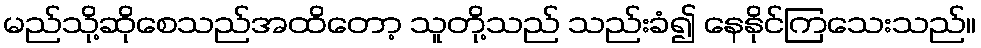
မည်သို့ဆိုစေသည်အထိတော့ သူတို့သည် သည်းခံ၍ နေနိုင်ကြသေးသည်။